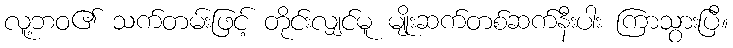
လူ့ဘဝ၏ သက်တမ်းဖြင့် တိုင်းလျှင်မူ မျိုးဆက်တစ်ဆက်နီးပါး ကြာသွားပြီ။